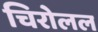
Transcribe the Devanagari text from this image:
चिरोलल